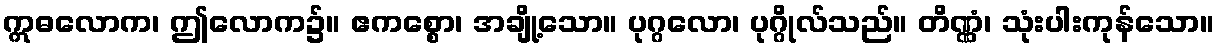
ဣဓလောက၊ ဤလောက၌။ ဧကစ္စော၊ အချို့သော။ ပုဂ္ဂလော၊ ပုဂ္ဂိုလ်သည်။ တိဏ္ဏံ၊ သုံးပါးကုန်သော။